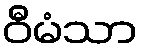
ဝီမံသာ